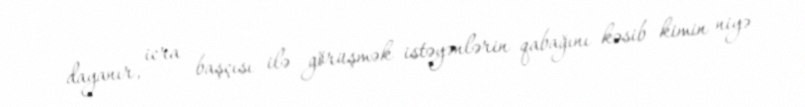
dayanır, icra başçısı ilə görüşmək istəyənlərin qabağını kəsib kimin niyə